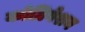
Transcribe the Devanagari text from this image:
कोग्रिगेशन